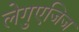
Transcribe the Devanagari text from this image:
लेगुएजिज